Annual statistical returns and brief notes on vaccination in Bengal - 1896-1909
Year: 1896
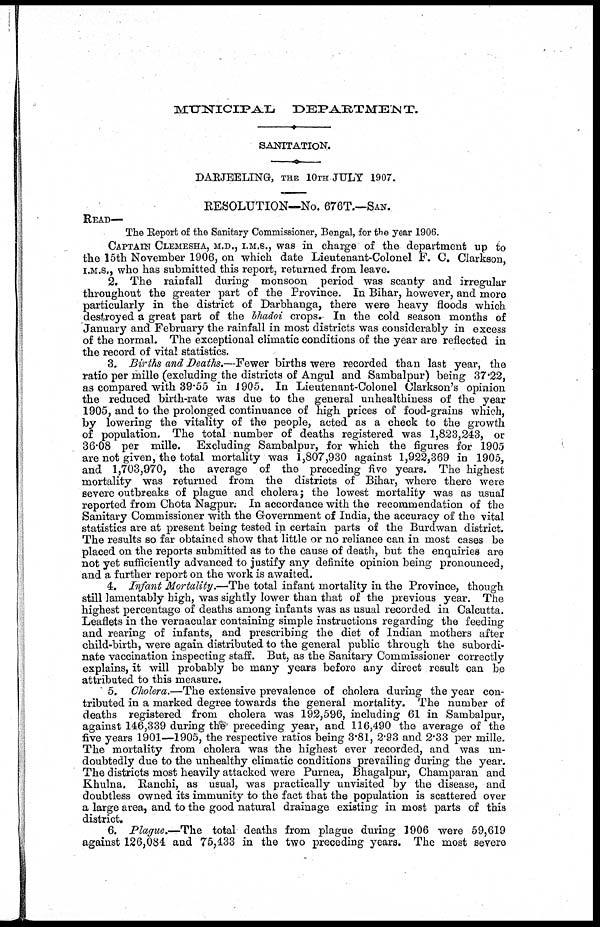
MUNICIPAL
DEPARTMENT.
SANITATION.
DARJEELING, THE 10TH JULY 1907.
RESOLUTION—No. 676T.—SAN.
READ—
The Report of the Sanitary Commissioner, Bengal, for the year 1906.
CAPTAIN CLEMESHA, M.D., I.M.S., was in charge of the department up to
the 15th November 1906, on which date Lieutenant-Colonel F. C. Clarkson,
I.M.S., who has submitted this report, returned from leave.
2. The rainfall during monsoon period was scanty and irregular
throughout the greater part of the Province. In Bihar, however, and more
particularly in the district of Darbhanga, there were heavy floods which
destroyed a great part of the bhadoi crops. In the cold season months of
January and February the rainfall in most districts was considerably in excess
of the normal. The exceptional climatic conditions of the year are reflected in
the record of vital statistics.
3. Births and Deaths.—Fewer births were recorded than last year, the
ratio per mille (excluding the districts of Angul and Sambalpur) being 37.22,
as compared with 39.55 in 1905. In Lieutenant-Colonel Clarkson's opinion
the reduced birth-rate was due to the general unhealthiness of the year
1905, and to the prolonged continuance of high prices of food-grains which,
by lowering the vitality of the people, acted as a check to the growth
of population. The total number of deaths registered was 1,823,243, or
36.08 per mille. Excluding Sambalpur, for which the figures for 1905
are not given, the total mortality was 1,807,930 against 1,922,369 in 1905,
and 1,703,970, the average of the preceding five years. The highest
mortality was returned from the districts of Bihar, where there were
severe outbreaks of plague and cholera; the lowest mortality was as usual
reported from Chota Nagpur. In accordance with the recommendation of the
Sanitary Commissioner with the Government of India, the accuracy of the vital
statistics are at present being tested in certain parts of the Burdwan district.
The results so far obtained show that little or no reliance can in most cases be
placed on the reports submitted as to the cause of death, but the enquiries are
not yet sufficiently advanced to justify any definite opinion being pronounced,
and a further report on the work is awaited.
4. Infant Mortality.—The total infant mortality in the Province, though
still lamentably high, was sightly lower than that of the previous year. The
highest percentage of deaths among infants was as usual recorded in Calcutta.
Leaflets in the vernacular containing simple instructions regarding the feeding
and rearing of infants, and prescribing the diet of Indian mothers after
child-birth, were again distributed to the general public through the subordi-
nate vaccination inspecting staff. But, as the Sanitary Commissioner correctly
explains, it will probably be many years before any direct result can be
attributed to this measure.
5. Cholera.—The extensive prevalence of cholera during the year con-
tributed in a marked degree towards the general mortality. The number of
deaths registered from cholera was 192,596, including 61 in Sambalpur,
against 146,339 during the preceding year, and 116,490 the average of the
five years 1901—1905, the respective ratios being 3.81, 2.93 and 2.33 per mille.
The mortality from cholera was the highest ever recorded, and was un-
doubtedly due to the unhealthy climatic conditions prevailing during the year.
The districts most heavily attacked were Purnea, Bhagalpur, Champaran and
Khulna. Ranchi, as usual, was practically unvisited by the disease, and
doubtless owned its immunity to the fact that the population is scattered over
a large area, and to the good natural drainage existing in most parts of this
district.
6. Plague.—The total deaths from plague during 1906 were 59,619
against 126,084 and 75,433 in the two preceding years. The most severe